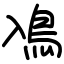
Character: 鳰